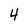
Character: 4